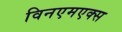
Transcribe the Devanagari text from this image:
विनएमएक्स